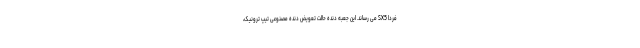
فردا SX5 می رساند. این جعبه دنده حالت تعویض دنده مصنوعی تیپ ترونیک،